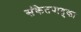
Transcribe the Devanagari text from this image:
संकेतपादुका